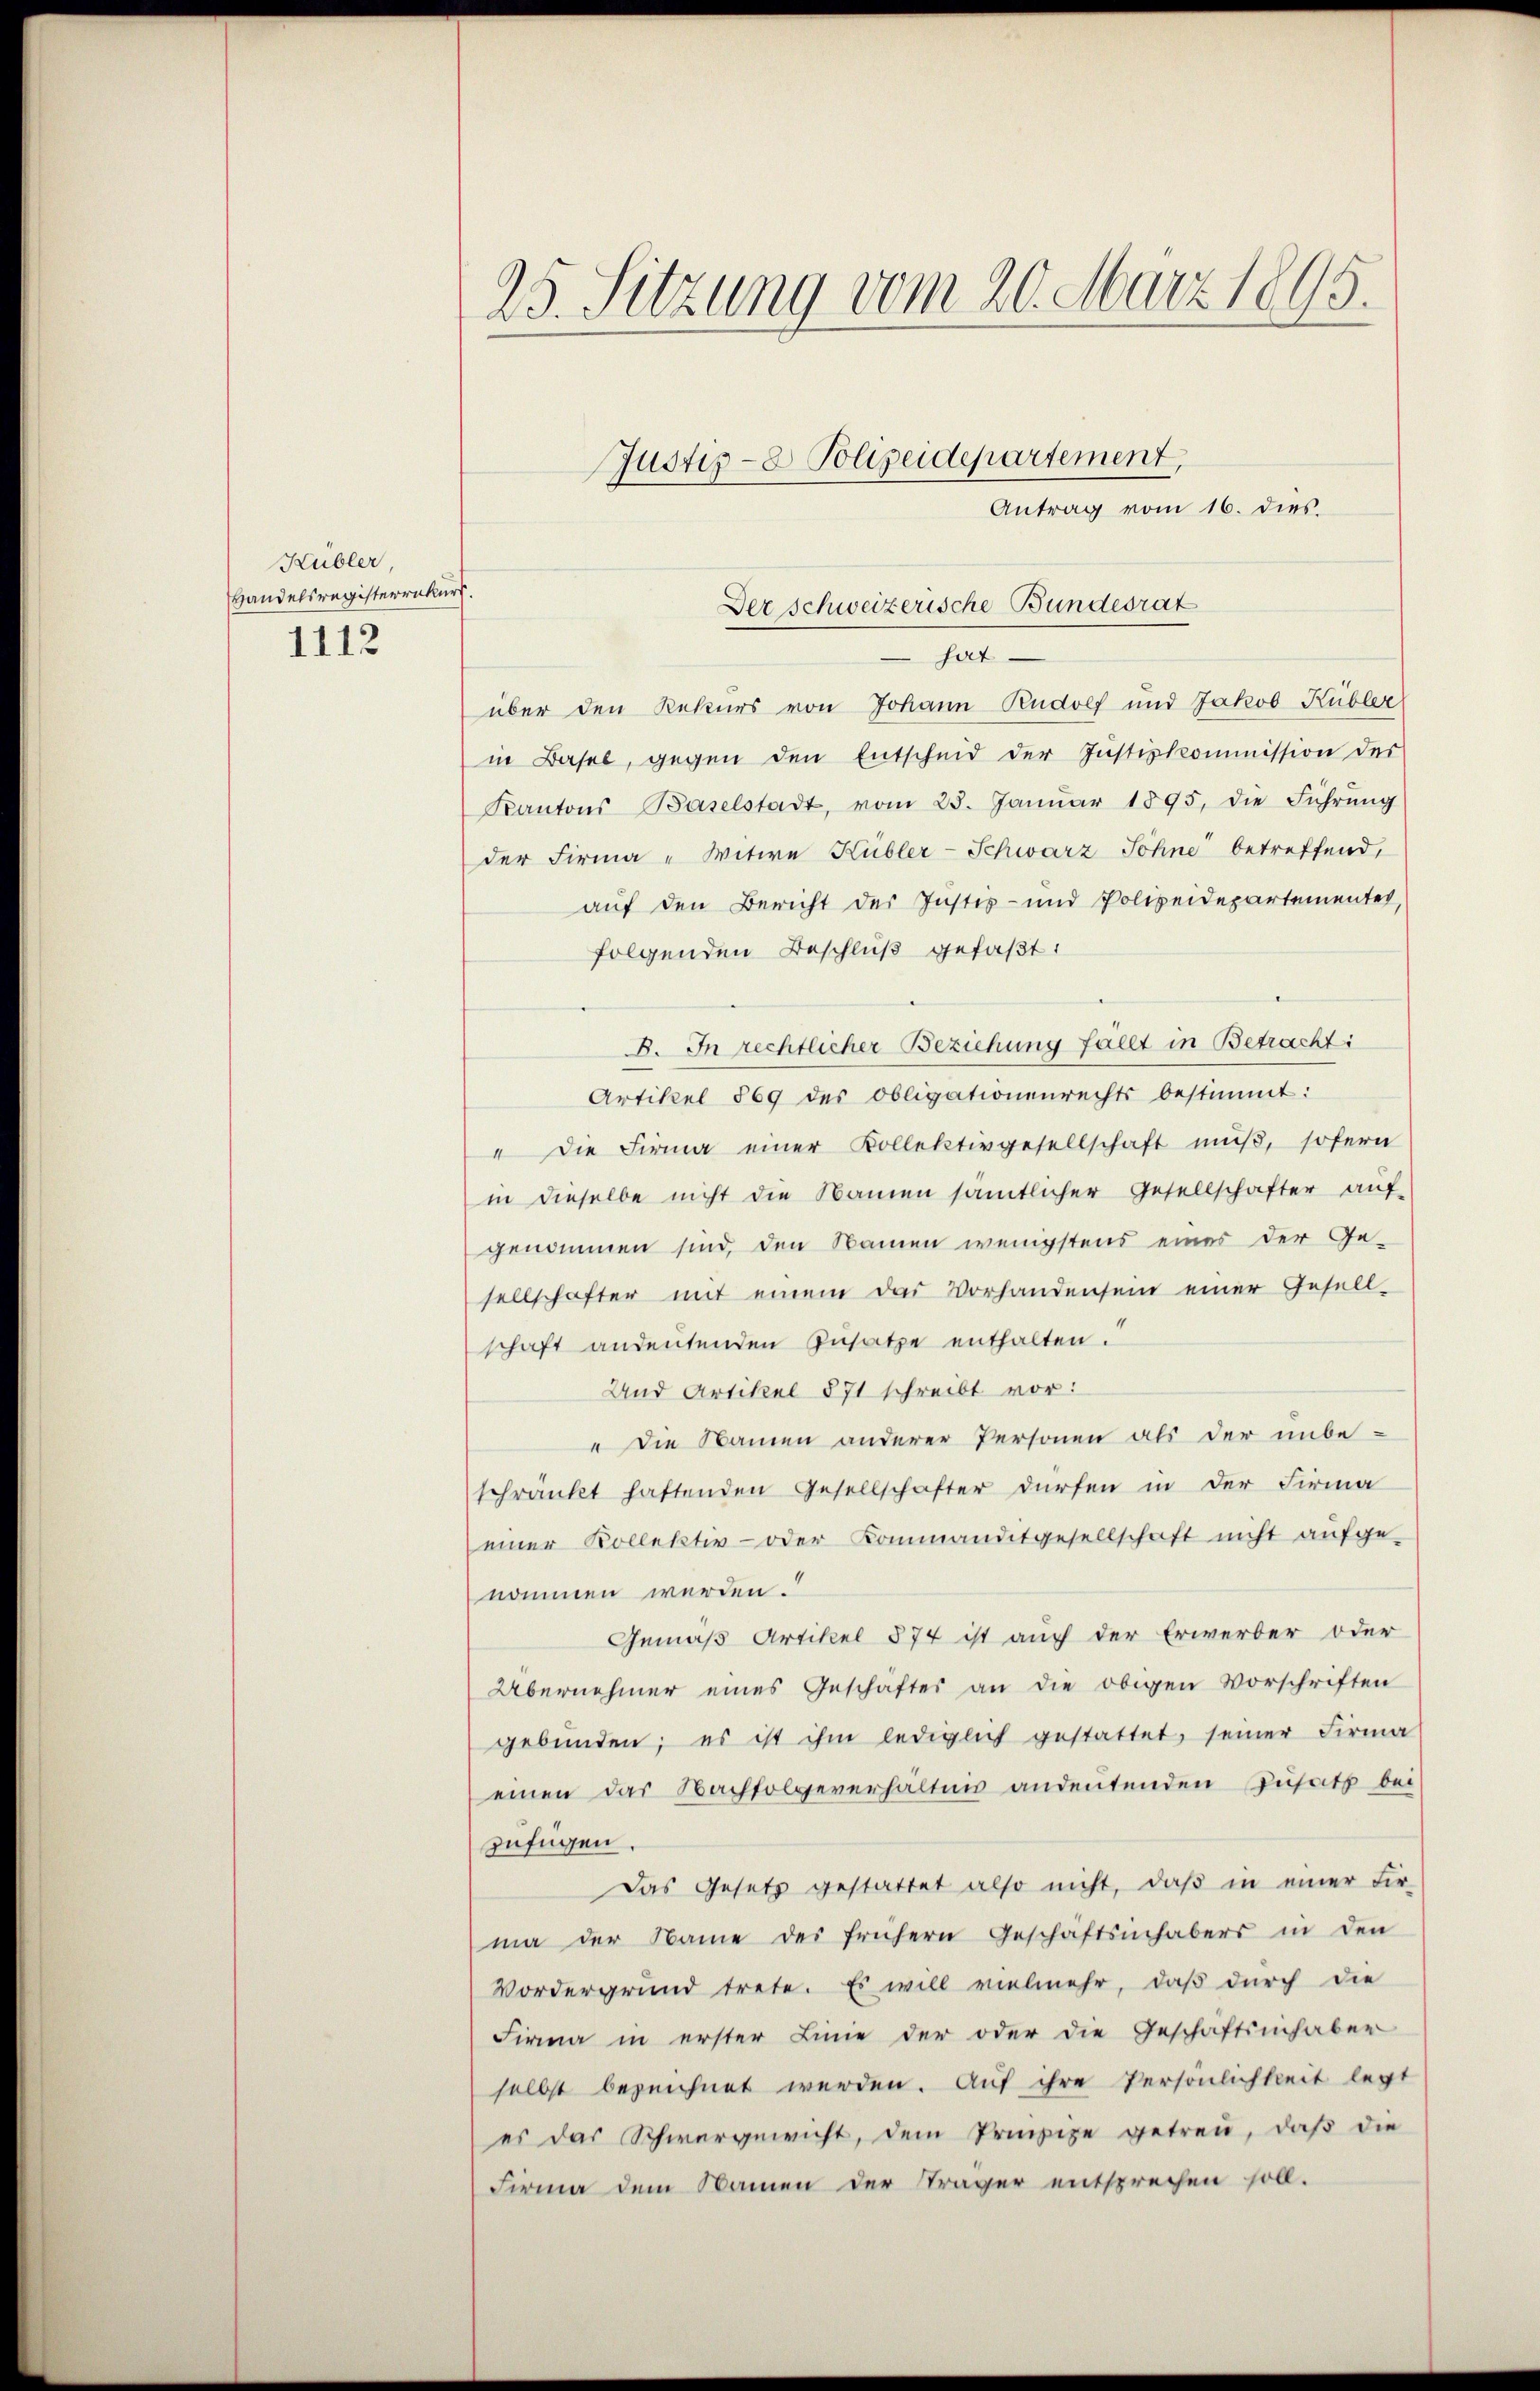
Kubler
Handelsregisterrekurs.
1112

Antrag vom 16. dies.
 hat
über den Rekurs von Johann Rudolf und Jakob Kübler
in Basel, gegen den Entscheid der Justizkommission des
Kantons Baselstadt, vom 25. Janŭar 1895, die Führŭng
der Firma - Witwe Kübler-Schwarz Sohne betreffend,
auf den Bericht der Justes- und Polizeidepartementes,
folgenden Beschluß gefaßt:
8. In rechtlicher Beziehung fallt in Betracht:
Artikel 869 des Obligationenrechts bestimmt:
" die Firma einer Kollektivgesellschaft muß, sofern
in dieselbe nicht die Namen sämtlicher Gesellschafter auf-
genommen sind, den Namen wenigstens eines der Ge-
sellschafter mit einem das Vorhandensein einer Gesell-
schaft andeutenden Zusatze enthalten.
Und Artikel 871 schreibt vor:
" Die Namen anderer Personen als der unbe-
schränkt hattenden Gesellschafter dürfen in der Firma
einer Kollektiv- oder Kommanditgesellschaft nicht aufge-
nommen werden.
Gemäß Artikel 574 ist auch der Erwerber oder
Übernehmer eines Geschäftes an die obigen Vorschriften
gebŭnden; es ist ihm lediglich gestattet, seiner Firma
einen das Nachfolgeverhältnis andeutenden Zusatz bei
zufügen.
Das Gesetz gestattet also nicht, daβ in einer Fir-
ma der Name des frühern Geschaftsinhabers in den
Vordergrund trete. Es will vielmehr, daß durch die
Firma in erster Linie der oder die Geschäftsinhaber
selbst bezeichnet werden. Auf ihre Persönlichkeit legt
es das Schwergewicht, dem Prinzipe getreu, daβ die
Firma dem Namen der Sträger entsprechen soll.

25. Sitzung vom 20. März 1895.

Justiz- & Polizeidepartement,

Der schweizerische Bundesrat